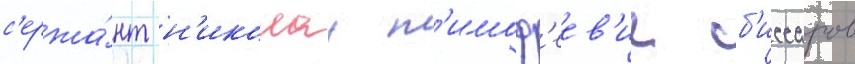
с'ержа́нт н'иколаи т'имоф'еев'ич б'иссаров